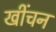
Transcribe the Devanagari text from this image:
खींचन